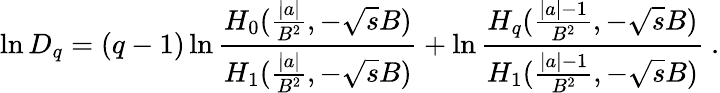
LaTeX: \ln D_{q}=(q-1)\ln{\frac{H_{0}({\frac{\mid a\mid}{B^{2}}},-\sqrt{s}B)}{H_{1}({\frac{\mid a\mid}{B^{2}}},-\sqrt{s}B)}}+\ln{\frac{H_{q}({\frac{\mid a\mid-1}{B^{2}}},-\sqrt{s}B)}{H_{1}({\frac{\mid a\mid-1}{B^{2}}},-\sqrt{s}B)}}\ .